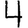
Digit: 4